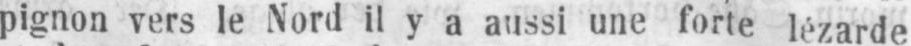
pignon vers le Nord il y a aussi une forte lézarde